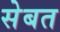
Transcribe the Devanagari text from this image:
सेबत